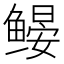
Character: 𬶩